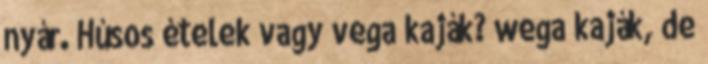
nyár. Húsos ételek vagy vega kaják? wega kaják, de